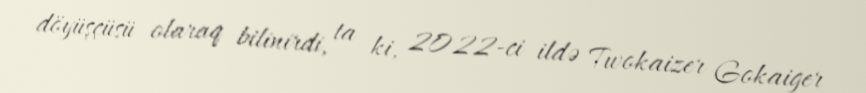
döyüşçüsü olaraq bilinirdi, ta ki, 2022-ci ildə Twokaizer Gokaiger